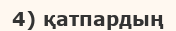
4) қатпардың